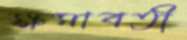
ক্ষমাবতী